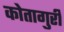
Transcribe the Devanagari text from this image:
कोतागुरी